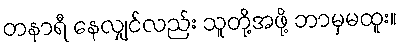
တနာရီ နေလျှင်လည်း သူတို့အဖို့ ဘာမှမထူး။